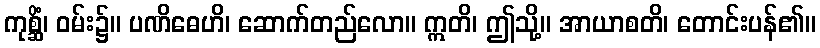
ကုစ္ဆိံ၊ ဝမ်း၌။ ပဏိဓေဟိ၊ ဆောက်တည်လော။ ဣတိ၊ ဤသို့။ အာယာစတိ၊ တောင်းပန်၏။